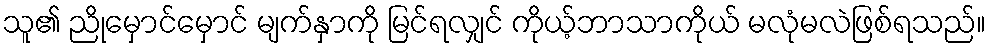
သူ၏ ညိုမှောင်မှောင် မျက်နှာကို မြင်ရလျှင် ကိုယ့်ဘာသာကိုယ် မလုံမလဲဖြစ်ရသည်။